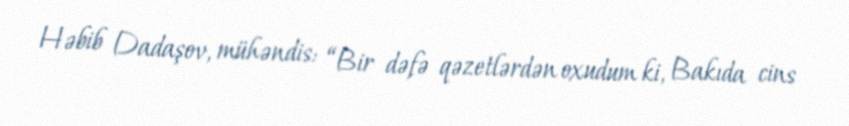
Həbib Dadaşov, mühəndis: “Bir dəfə qəzetlərdən oxudum ki, Bakıda cins